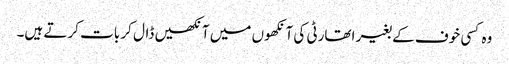
وہ کسی خوف کے بغیر اتھارٹی کی آنکھوں میں آنکھیں ڈال کر بات کرتے ہیں۔